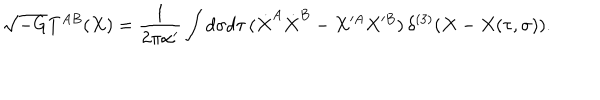
\sqrt { - G } T ^ { A B } ( X ) = \frac { 1 } { 2 \pi \alpha ^ { \prime } } \int d \sigma d \tau \, ( \dot { X } ^ { A } \dot { X } ^ { B } - X ^ { A } X ^ { B } ) \, \delta ^ { ( 3 ) } ( X - X ( \tau , \sigma ) ) .